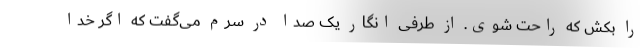
را بکش که راحت شوی. از طرفی انگار یک صدا در سرم می‌گفت که اگر خدا